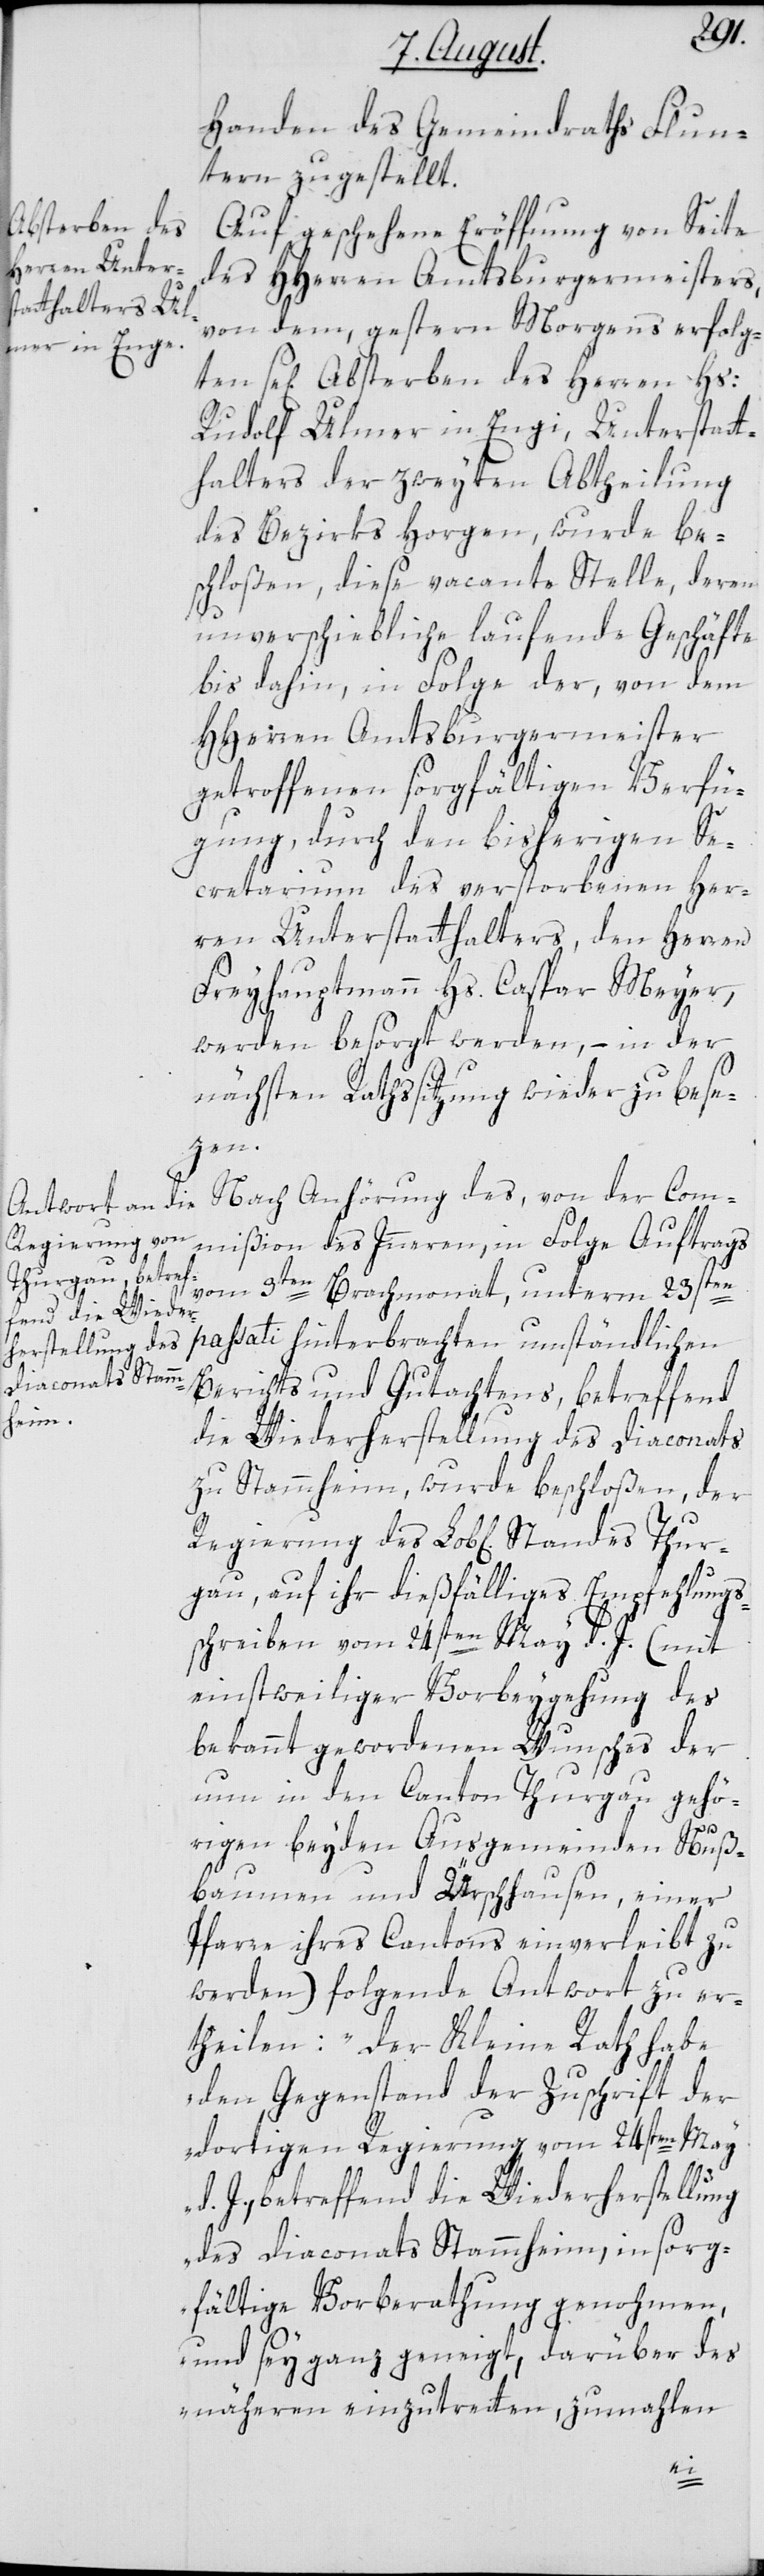
Regierung des

Thur¬
Handen des Gemeindraths Flun¬
tern zugestellt.
Auf geschehene Eröffnung von Seite
des HHerren Amtsburgermeisters,
von dem, gestern Morgens erfolg¬
se[ligen] Absterben des Herren Hs:
Rudolf Ulmer in Engi, Unterstatt¬
halter der zweyten Abtheilung
des Bezirks Horgen, wurde be¬
schloßen, diese vacante Stelle, deren
unverschiebliche laufende Geschäfte
bis dahin, in Folge der, von dem
HHerren Amtsburgermeister
getroffenen sorgfältigen Verfü¬
gung, durch den bisherigen Se¬
cretarium des verstorbenen Her¬
ren Unterstatthalters, den Herren
Freyhauptmann Hs. Caspar Meyer,
werden besorgt werden, – in der
nächsten Rathssitzung wieder zu bese¬
zen.
Nach Anhörung des, von der Com¬
mißion des Innern, in Folge Auftrags
vom 3ten Brachmonat, unterm 23sten
passati hinterbrachten umständlichen
Berichts und Gutachtens, betreffend
die Wiederherstellung des Diaconats
zu Stammheim, wurde beschloßen, der
gau, auf ihr dießfälliges Empfehlungs¬
schreiben vom 24sten May d. J. (mit
einstweiliger Vorbeygehung des
bekannt gewordenen Wunsches der
nun in den Canton Thurgau gehö¬
rigen beyden Ausgemeinden Nuß¬
baumen und Ürschhausen, einer
Pfarre ihres Cantons einverleibt zu
werden) folgende Antwort zu er¬
theilen: „Der Kleine Rath habe
den Gegenstand der Zuschrift der
dortigen Regierung vom 24sten May
d. J., betreffend die Wiederherstellung
des Diaconats Stammheim, in sorg¬
fältige Vorberathung genohmen,
und sey ganz geneigt, darüber des
näheren einzutretten, zumahlen